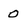
Character: 0